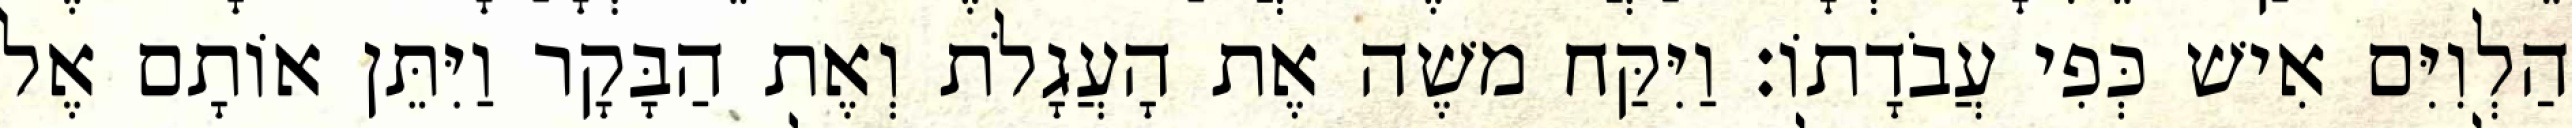
הַלְוִיִּם אִישׁ כְּפִי עֲבֹדָתוֹ׃ וַיִּקַּח משֶׁה אֶת הָעֲגָלֹת וְאֶת הַבָּקָר וַיִּתֵּן אוֹתָם אֶל